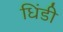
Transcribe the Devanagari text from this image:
धिंडी